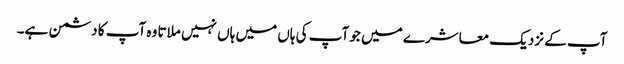
آپ کے نزدیک معاشرے میں جو آپ کی ہاں میں ہاں نہیں ملاتا وہ آپ کا دشمن ہے۔